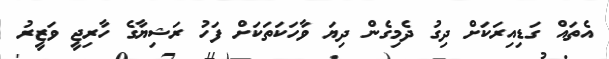
އެތައް ގަޑިއިރަކަށް ދިގު ދެމިގެން ދިޔަ ވާހަކަތަކަށް ފަހު ރަޝިޔާގެ ހާރިޖީ ވަޒީރު